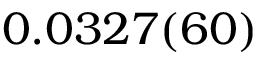
0 . 0 3 2 7 ( 6 0 )